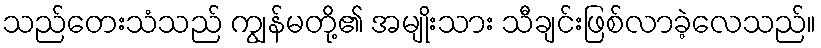
သည်တေးသံသည် ကျွန်မတို့၏ အမျိုးသား သီချင်းဖြစ်လာခဲ့လေသည်။